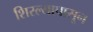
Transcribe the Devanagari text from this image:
शिरल्यापासून